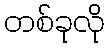
တစ်ခုလို